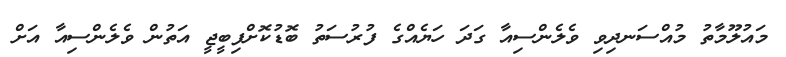
މައުލޫމާތު މުއްސަނދިވި ވެލެންސިއާ ގަދަ ހަޔެއްގެ ފުރުސަތު ބޮޑުކޮށްފިބީޖީ އަތުން ވެލެންސިއާ އަށް